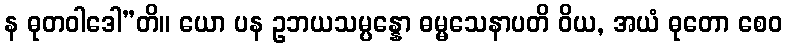
န ဓုတဝါဒေါ”တိ။ ယော ပန ဥဘယသမ္ပန္နော ဓမ္မသေနာပတိ ဝိယ, အယံ ဓုတော စေဝ